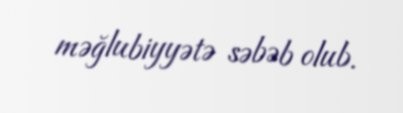
məğlubiyyətə səbəb olub.